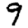
Digit: 9